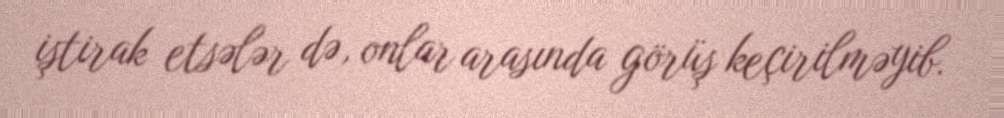
iştirak etsələr də, onlar arasında görüş keçirilməyib.